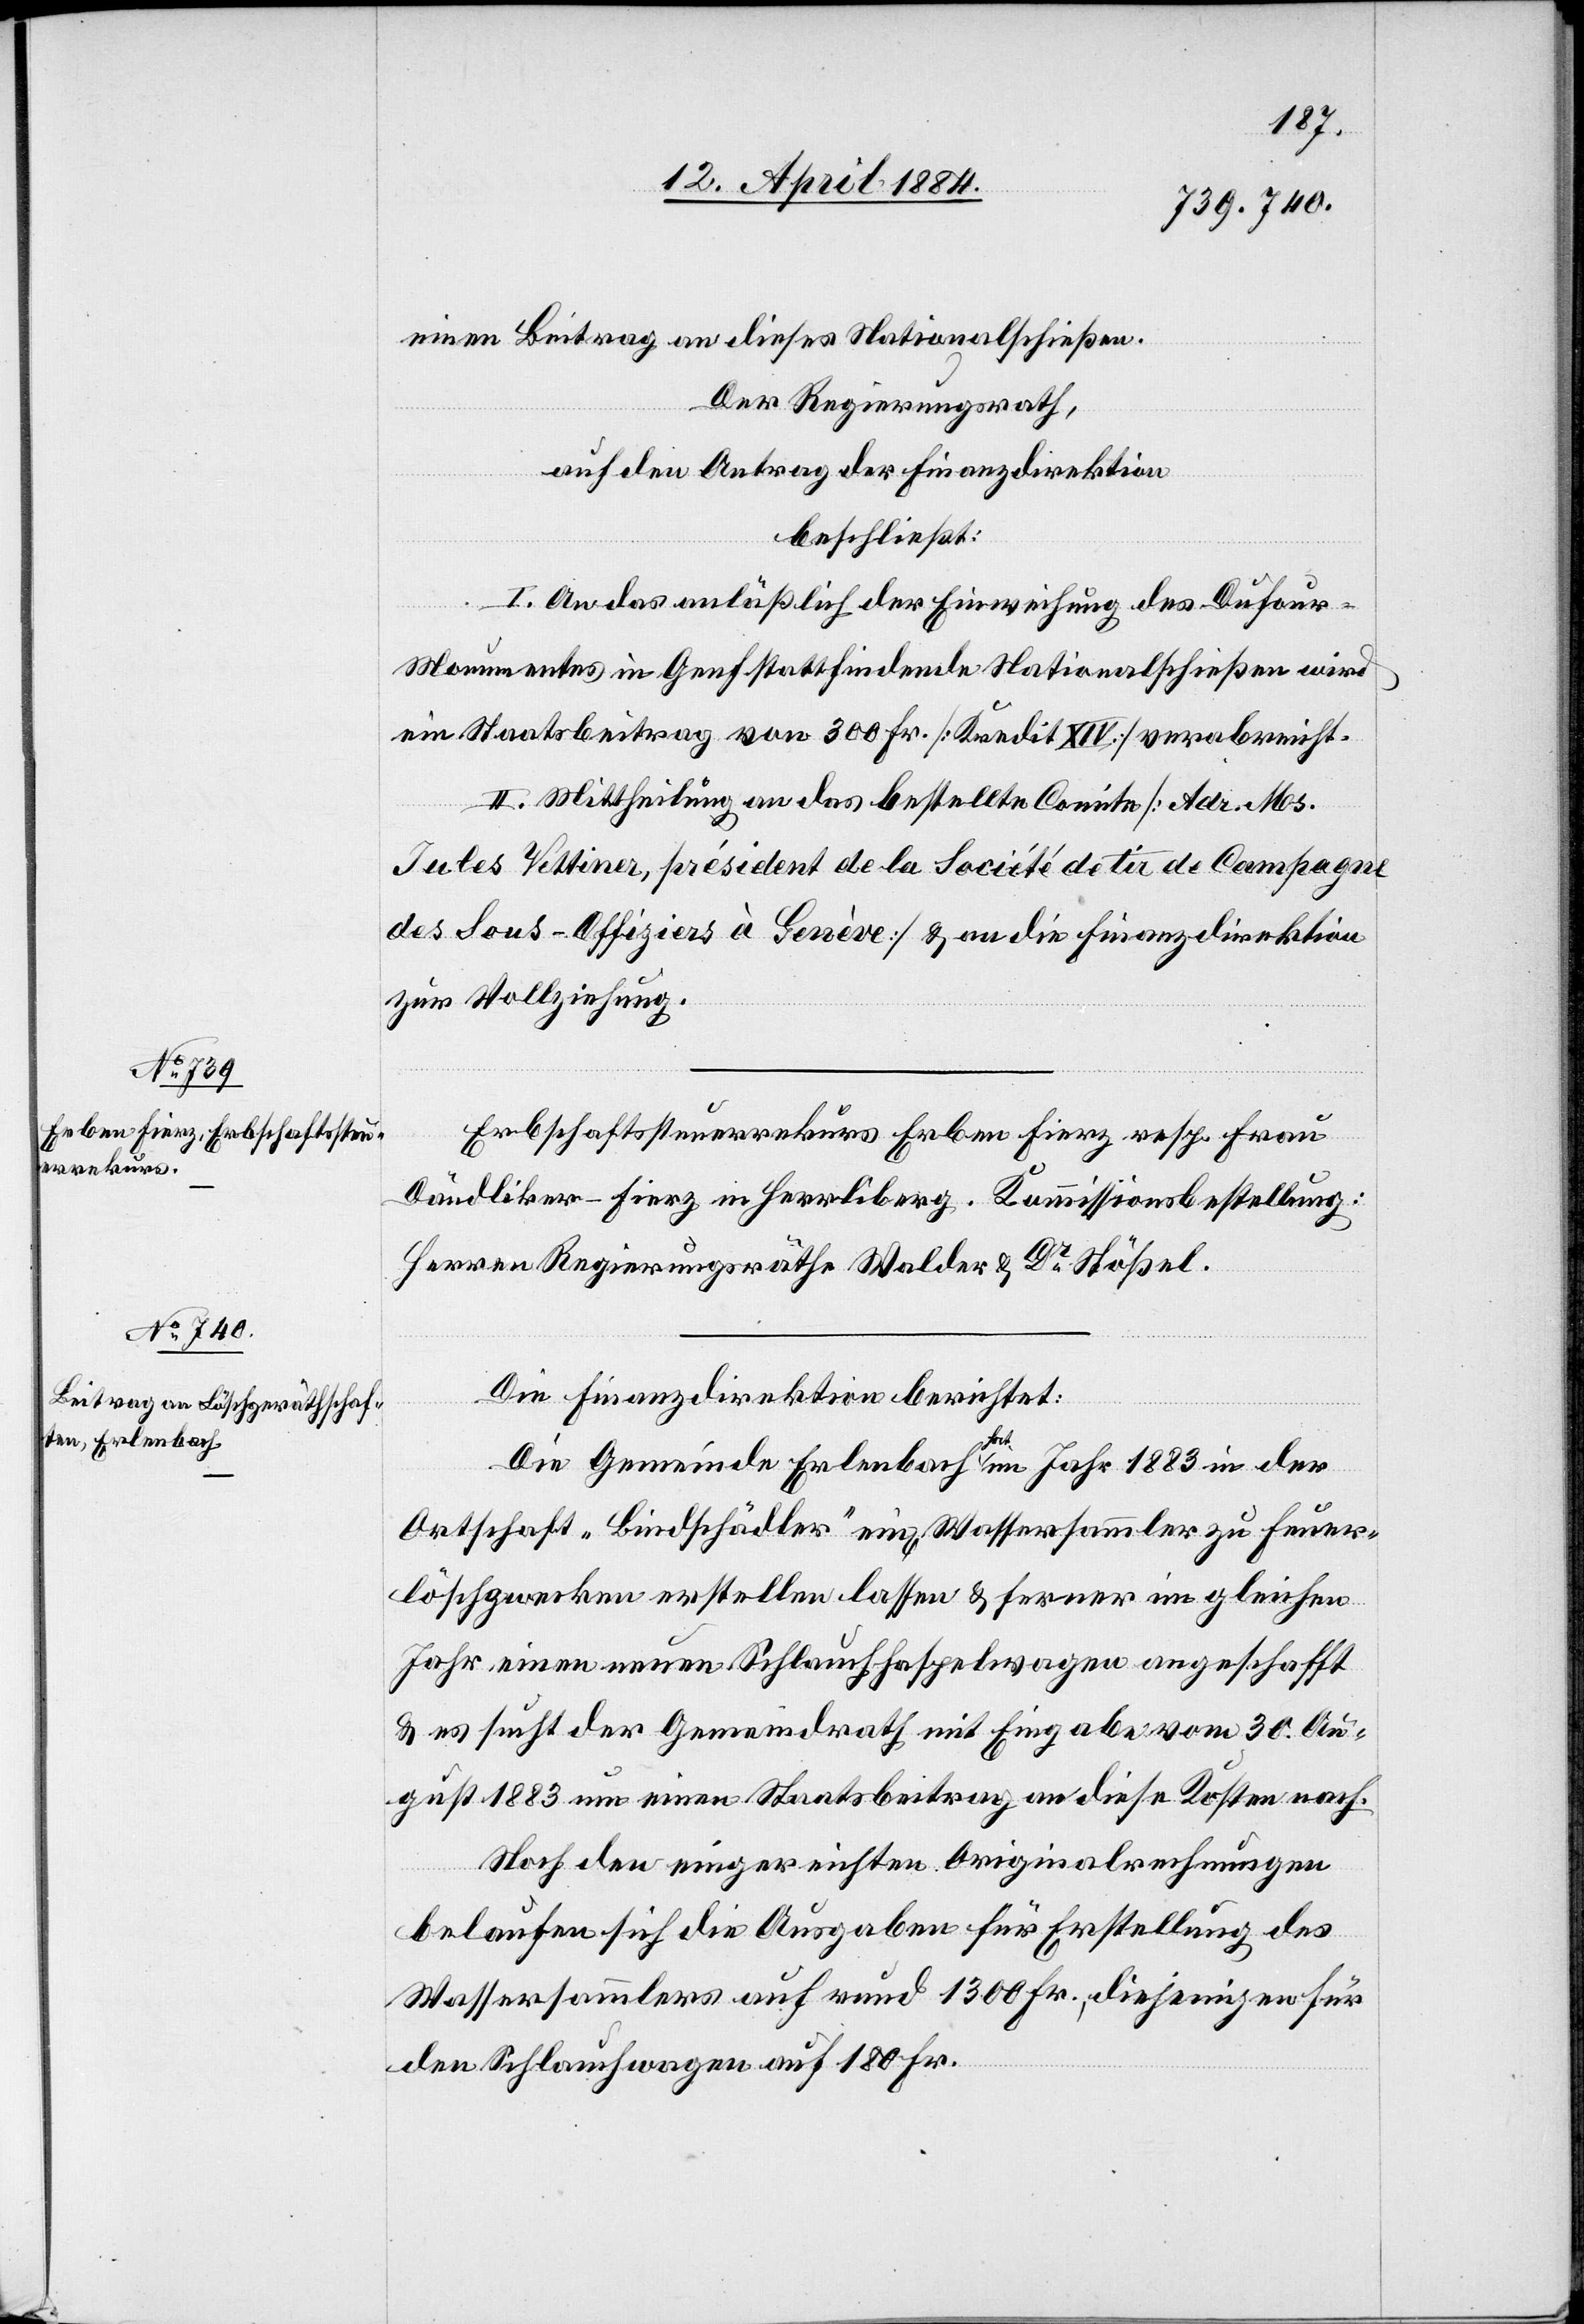
einen Beitrag an dieses Nationalschießen.
Der Regierungsrath,
auf den Antrag der Finanzdirektion
beschließt:
I. An das anläßlich der Einweihung des Dufour-M¬
onumentes in Genf stattfindende Nationalschießen wird
ein Staatsbeitrag von 300 Fr. [Kredit XIV] verabreicht.
II. Mittheilung an das bestellte Comite [Adr. Mos.
Jules Vettina, président de la société de la de Campagne
des Sous-Offiziers à Genève & an die Finanzdirektion
zur Vollziehung.
Erbschaftssteuerrekurs Erben Fierz resp. Frau
Dändliker-Fierz in Herrliberg. Kommissionsbestellung:
Herren Regierungsräthe Walder & Dr Stößel.
Die Finanzdirektion berichtet:
Die Gemeinde Erlenbach hat im Jahr 1883 in der
Ortschaft „Bindschädler“ ein[en] Wassersammler zu Feuer¬
löschzwecken erstellen lassen & ferner im gleichen
Jahr einen neuen Schlauchhaspelwagen angeschafft
& es sucht der Gemeindrath mit Eingabe vom 30. Au¬
gust 1883 um einen Staatsbeitrag an diese Kosten nach.
Nach den eingereichten Originalrechnungen
belaufen sich die Ausgaben für Erstellung des
Wassersammlers auf rund 1300 Fr., diejenigen für
den Schlauchwagen auf 180 Fr.